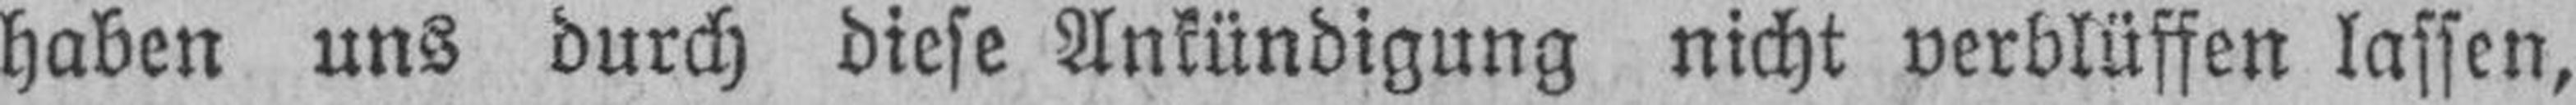
haben uns durch diese Ankündigung nicht verblüffen lassen,